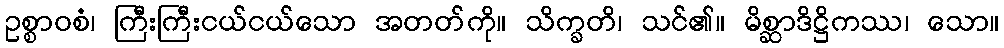
ဥစ္စာဝစံ၊ ကြီးကြီးငယ်ငယ်သော အတတ်ကို။ သိက္ခတိ၊ သင်၏။ မိစ္ဆာဒိဋ္ဌိကဿ၊ သော။